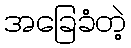
အခြေခံတဲ့